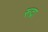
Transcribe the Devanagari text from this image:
रूद्रा